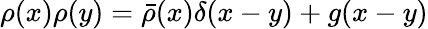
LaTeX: \rho(x)\rho(y)={\bar{\rho}}(x)\delta(x-y)+g(x-y)